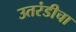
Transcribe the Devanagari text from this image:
उतरंडीचा